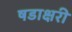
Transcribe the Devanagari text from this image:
षडाक्षरी